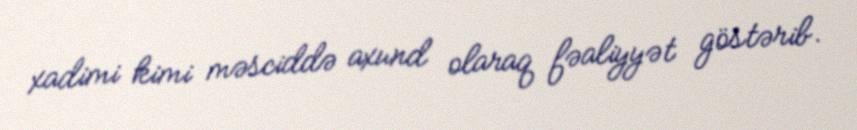
xadimi kimi məsciddə axund olaraq fəaliyyət göstərib.